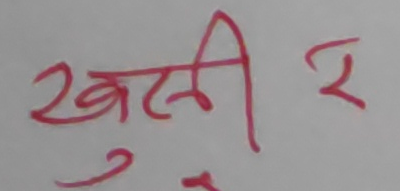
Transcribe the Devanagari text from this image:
खुली र